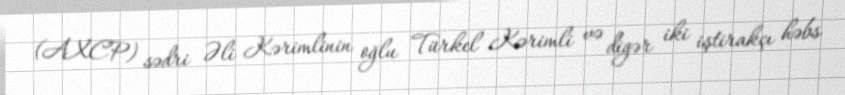
(AXCP) sədri Əli Kərimlinin oğlu Türkel Kərimli və digər iki iştirakçı həbs